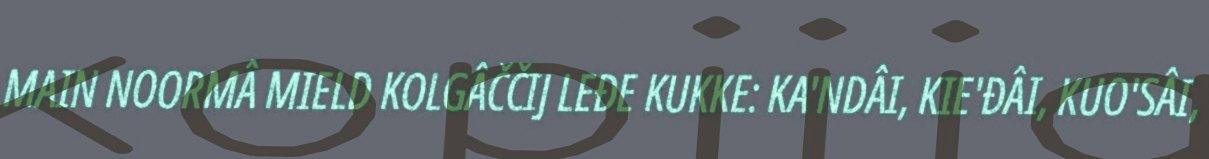
MAIN NOORMÂ MIELD KOLGÂČČIJ LEĐE KUKKE: KA'NDÂI, KIE'ĐÂI, KUO'SÂI,